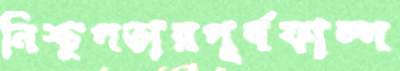
নিশ্চুপতারপূর্বফাল্গ